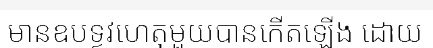
មានឧបទ្ទវហេតុមួយបានកើតឡើង ដោយ